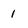
Character: I